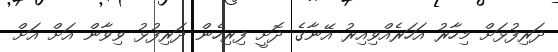
ދަރިފުޅަށް މިހާރު އަހަރެއްވިއިރު އޭނާގެ ދޮށީ ފިރިހެން ދަރިފުޅު ވިވާން އަށް އަށް